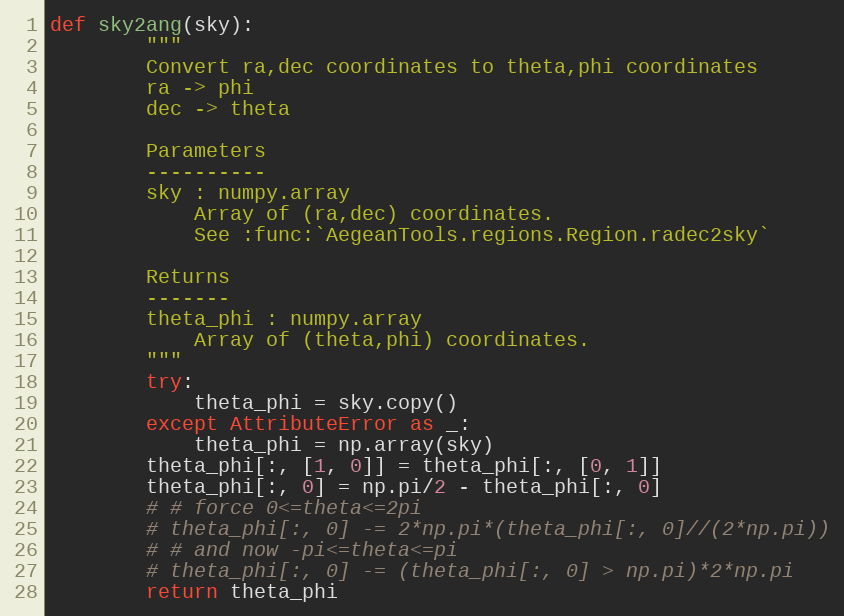
Language: Python
def sky2ang(sky):
        """
        Convert ra,dec coordinates to theta,phi coordinates
        ra -> phi
        dec -> theta

        Parameters
        ----------
        sky : numpy.array
            Array of (ra,dec) coordinates.
            See :func:`AegeanTools.regions.Region.radec2sky`

        Returns
        -------
        theta_phi : numpy.array
            Array of (theta,phi) coordinates.
        """
        try:
            theta_phi = sky.copy()
        except AttributeError as _:
            theta_phi = np.array(sky)
        theta_phi[:, [1, 0]] = theta_phi[:, [0, 1]]
        theta_phi[:, 0] = np.pi/2 - theta_phi[:, 0]
        # # force 0<=theta<=2pi
        # theta_phi[:, 0] -= 2*np.pi*(theta_phi[:, 0]//(2*np.pi))
        # # and now -pi<=theta<=pi
        # theta_phi[:, 0] -= (theta_phi[:, 0] > np.pi)*2*np.pi
        return theta_phi